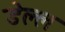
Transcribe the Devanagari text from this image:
डेल्ल